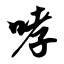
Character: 哮